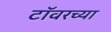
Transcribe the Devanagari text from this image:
टाॅवरच्या